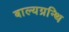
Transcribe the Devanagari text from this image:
बाल्यग्रन्थि